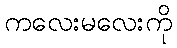
ကလေးမလေးကို